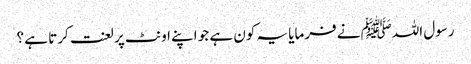
رسول اللہﷺ نے فرمایا یہ کون ہے جو اپنے اونٹ پر لعنت کرتا ہے ؟